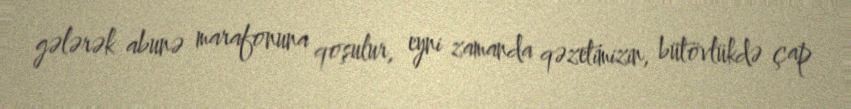
gələrək abunə marafonuna qoşulur, eyni zamanda qəzetimizin, bütövlükdə çap